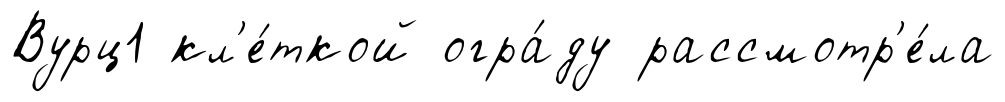
Вурц1 кл'е́ткой огра́ду рассмотр'е́ла